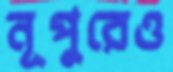
নূপুরেও